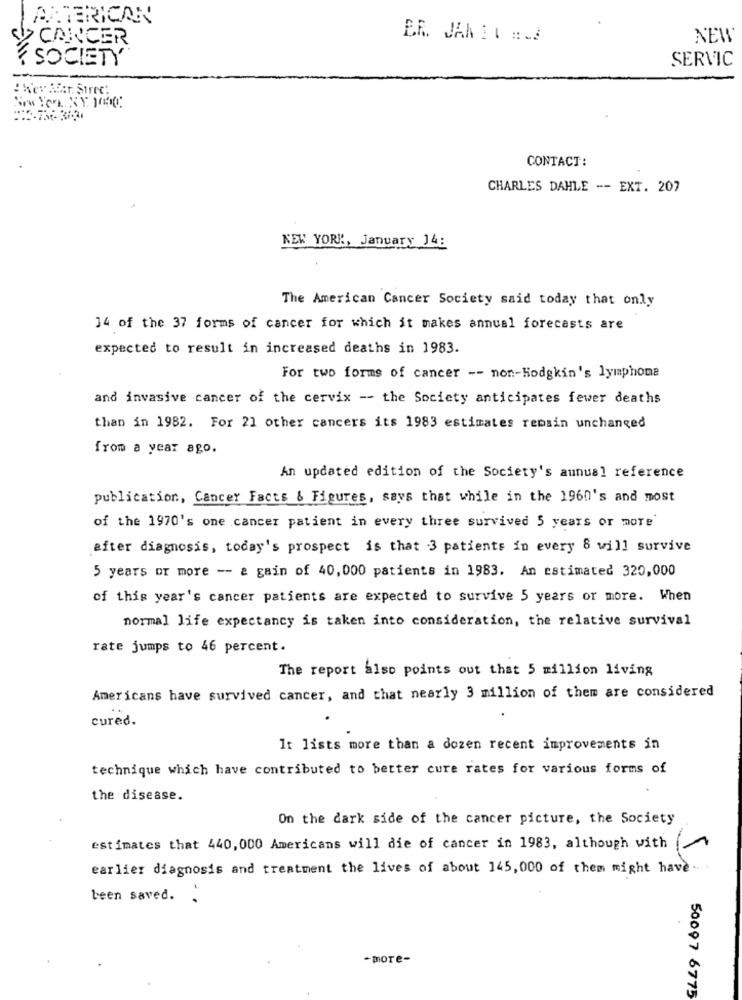
AMERICAN
$12 CANCER
ER. JANET E.J
NEW
SOCIETY
SERVIC
:Wer Afar Siree'
CONTACT:
CHARLES DAHLE -- EXT. 207
NEW YORK, January 14:
The American Cancer Society said today that only
14 of the 37 forms of cancer for which it makes annual forecasts are
expected to result in increased deaths in 1983.
For two forms of cancer -- non-Hodgkin's lymphome
and invasive cancer of the cervix -- the Society anticipates fewer deaths
than in 1982. For 21 other cancers its 1983 estimates remain unchanged
from a year ago.
An updated edition of the Society's annual reference
publication, Cancer Facts & Figures, says that while in the 1960's and most
of the 1970's one cancer patient in every three survived 5 years or more
after diagnosis, today's prospect is that 3 patients in every 8 will survive
5 years or more -- a gain of 40,000 patients in 1983. An estimated 320,000
of this year's cancer patients are expected to survive 5 years or more. When
normal life expectancy is taken into consideration, the relative survival
rate jumps to 46 percent.
The report also points out that 5 million living
Americans have survived cancer, and that nearly 3 million of them are considered
cured.
It lists more than a dozen recent improvements in
technique which have contributed to better cure rates for various forms of
the disease.
On the dark side of the cancer picture, the Society
estimates that 440,000 Americans will die of cancer in 1983, although with
earlier diagnosis and treatment the lives of about 145, 000 of them might have
been saved.
-more-
50097 6775